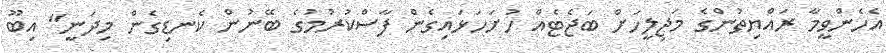
އެހެންވީމާ ރައްޔިތުންގެ މަޖިލީހަށް ބަޖެޓެއް ހުށަހަޅައިގެން ފާސްކުރުމުގެ ބޭނުން ކެނޑިގެން މިދަނީ" އިބޫ